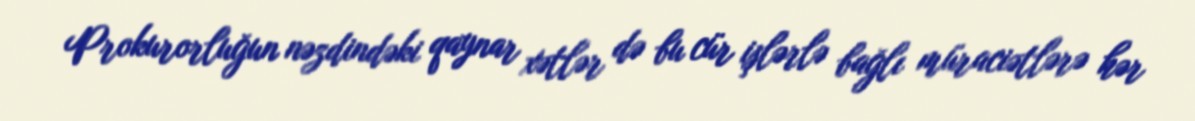
Prokurorluğun nəzdindəki qaynar xətlər də bu cür işlərlə bağlı müraciətlərə hər